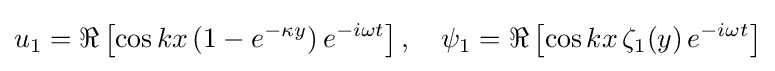
u_{1}=\Re \left[\cos kx\,(1-e^{-\kappa y})\,e^{-i\omega t}\right],\quad \psi _{1}=\Re \left[\cos kx\,\zeta _{1}(y)\,e^{-i\omega t}\right]